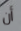
أن